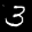
Label: 3